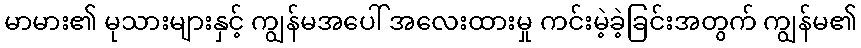
မာမား၏ မုသားများနှင့် ကျွန်မအပေါ် အလေးထားမှု ကင်းမဲ့ခဲ့ခြင်းအတွက် ကျွန်မ၏